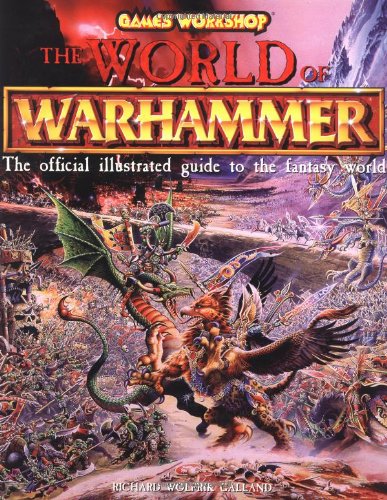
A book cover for The World of Warhammer: The Official Encyclopedia of the Best-Selling Fighting Fantasy Game; Galland; Science Fiction & Fantasy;